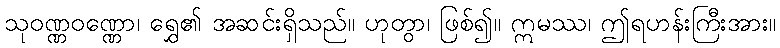
သုဝဏ္ဏဝဏ္ဏော၊ ရွှေ၏ အဆင်းရှိသည်။ ဟုတွာ၊ ဖြစ်၍။ ဣမဿ၊ ဤရဟန်းကြီးအား။